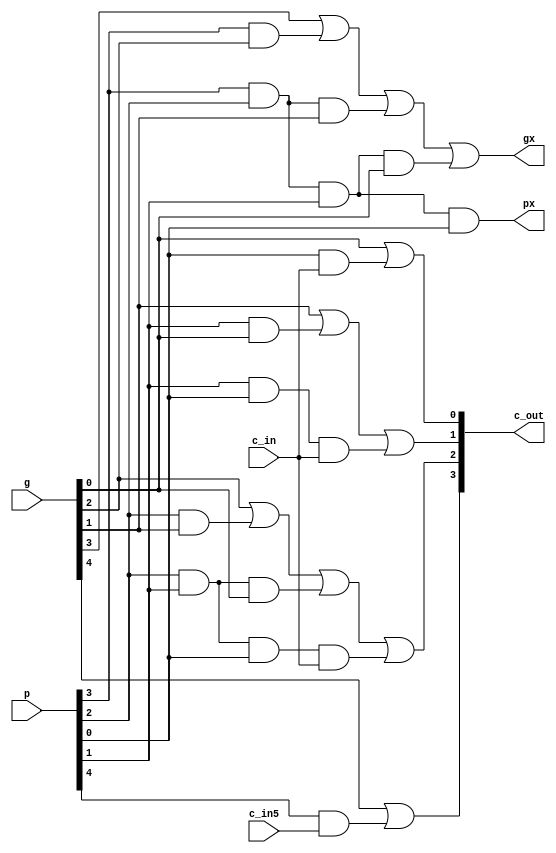
`timescale 1ns / 1ps
//////////////////////////////////////////////////////////////////////////////////
// Company: 
// Engineer: 
// 
// Design Name: 
// Module Name:    cla_5 
// Project Name: 
// Target Devices: 
// Tool versions: 
// Description: 
//
// Dependencies: 
//
// Revision: 
// Revision 0.01 - File Created
// Additional Comments: 
//


module cla_5(  
input c_in,
input[4:0] p,
input[4:0] g,
input c_in5,
output px,//px=p[3]*p[2]*p[1]*p[0]
output gx,//gx=g[3]+p[3]*g[2]+p[3]*p[2]*g[1]+p[3]*p[2]*p[1]*g[0]
output[4:1] c_out
	);

assign
	px=p[3] & p[2] & p[1] & p[0],
	gx=g[3]|(p[3] & g[2])|(p[3] & p[2] & g[1])|(p[3]& p[2] & p[1] & g[0]);
assign
	c_out[1]=g[0]|(p[0] & c_in),
	c_out[2]=g[1]|(p[1] & g[0])|(p[1] & p[0] & c_in),
	c_out[3]=g[2]|(p[2] & g[1])|(p[2] & p[1] & g[0])|(p[2] & p[1] & p[0] & c_in),
	c_out[4]=g[4]|(p[4] & c_in5);


endmodule